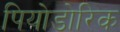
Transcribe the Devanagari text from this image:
पियोडोरिक